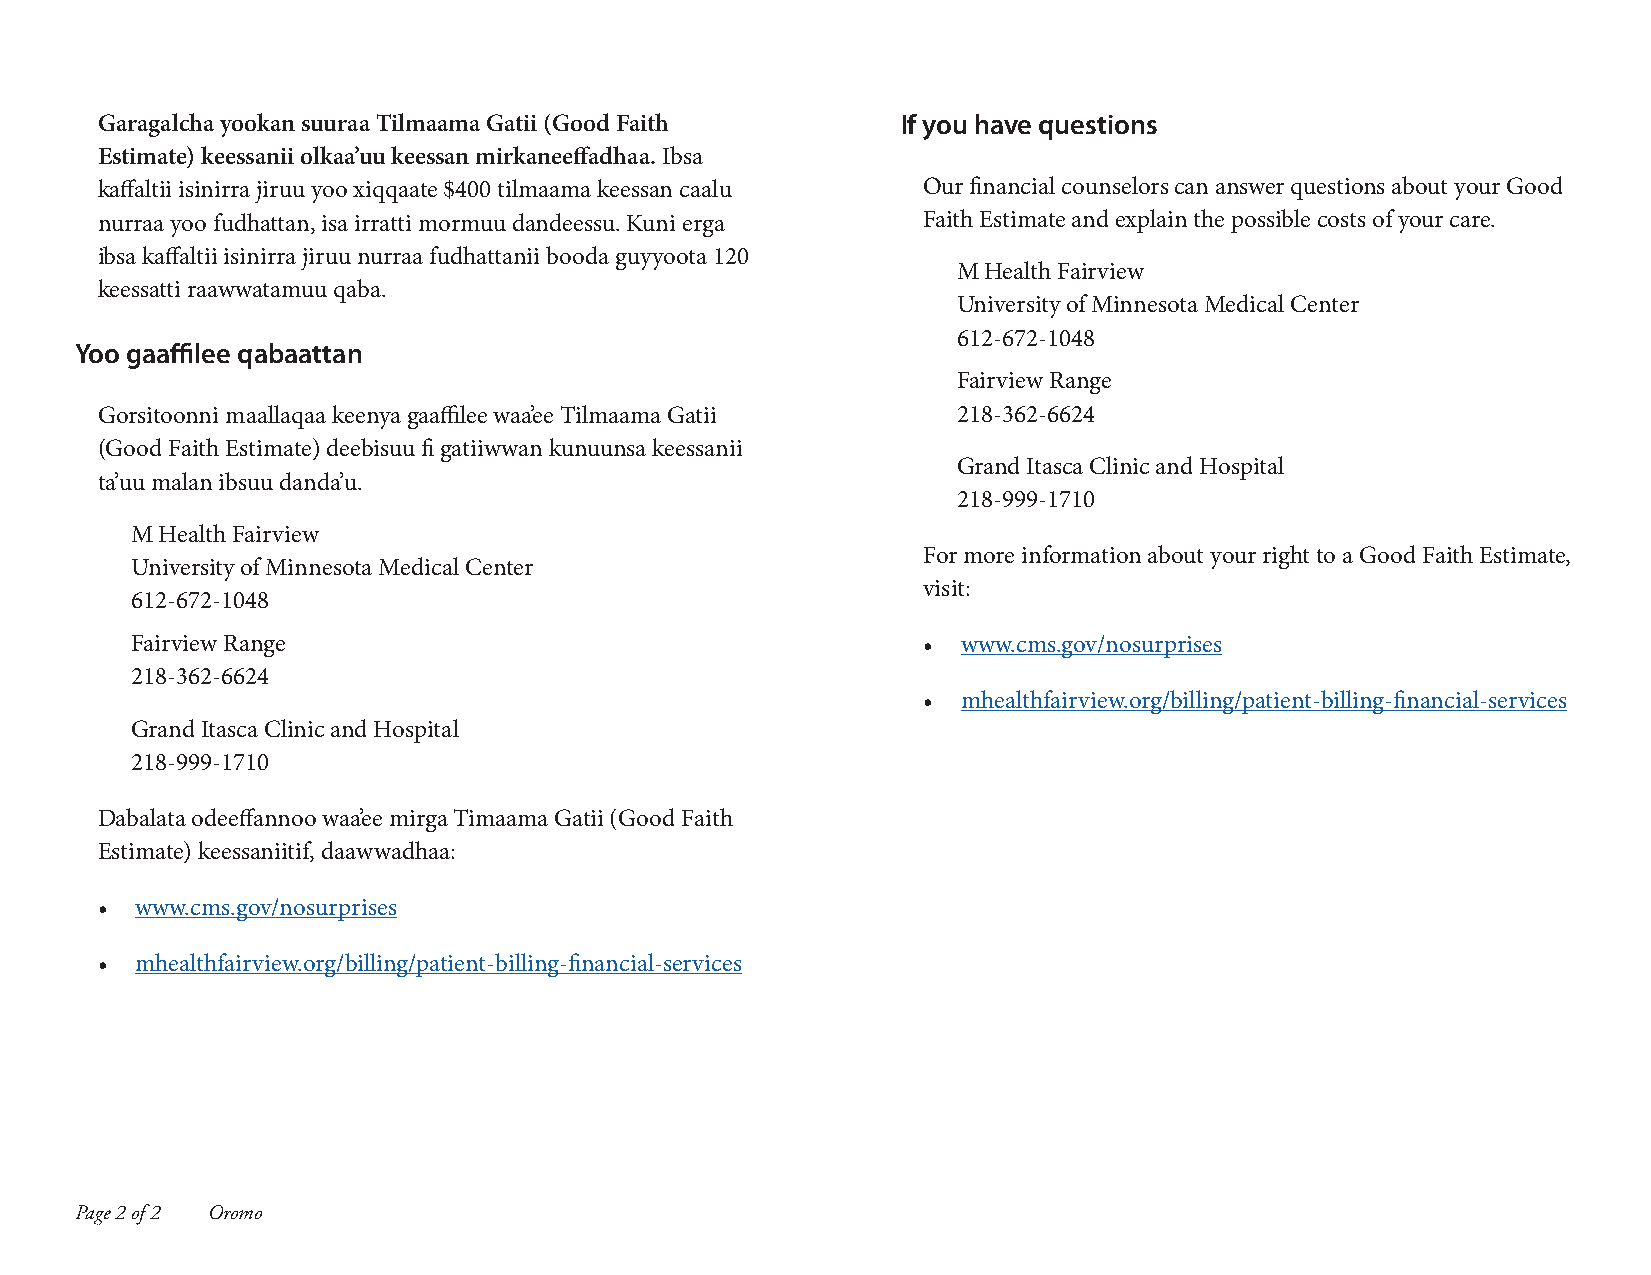
Garagalcha yookan suuraa Tilmaama Gatii (Good Faith   If you have questions
 Estimate) keessanii olkaa’uu keessan mirkaneeffadhaa. Ibsa
 kaffaltii isinirra jiruu yoo xiqqaate $400 tilmaama keessan caalu Our financial counselors can answer questions about your Good
 nurraa yoo fudhattan, isa irratti mormuu dandeessu. Kuni erga Faith Estimate and explain the possible costs of your care.
 ibsa kaffaltii isinirra jiruu nurraa fudhattanii booda guyyoota 120
 M Health Fairview
 keessatti raawwatamuu qaba.
 University of Minnesota Medical Center
 612-672-1048
 Yoo gaaffilee qabaattan
 Fairview Range
 Gorsitoonni maallaqaa keenya gaaffilee waa’ee Tilmaama Gatii 218-362-6624
 (Good Faith Estimate) deebisuu fi gatiiwwan kunuunsa keessanii
 Grand Itasca Clinic and Hospital
 ta’uu malan ibsuu danda’u.
 218-999-1710
 M Health Fairview
 For more information about your right to a Good Faith Estimate,
 University of Minnesota Medical Center
 visit:
 612-672-1048
 Fairview Range                                      •  www.cms.gov/nosurprises
 218-362-6624
 •  mhealthfairview.org/billing/patient-billing-financial-services
 Grand Itasca Clinic and Hospital
 218-999-1710
 Dabalata odeeffannoo waa’ee mirga Timaama Gatii (Good Faith
 Estimate) keessaniitif, daawwadhaa:
 •  www.cms.gov/nosurprises
 •  mhealthfairview.org/billing/patient-billing-financial-services
 Page 2 of 2 Oromo